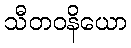
သီတဝနိယော